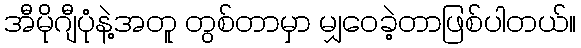
အီမိုဂျီပုံနဲ့အတူ တွစ်တာမှာ မျှဝေခဲ့တာဖြစ်ပါတယ်။